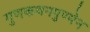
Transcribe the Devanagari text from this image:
गुणकथनपुण्येन